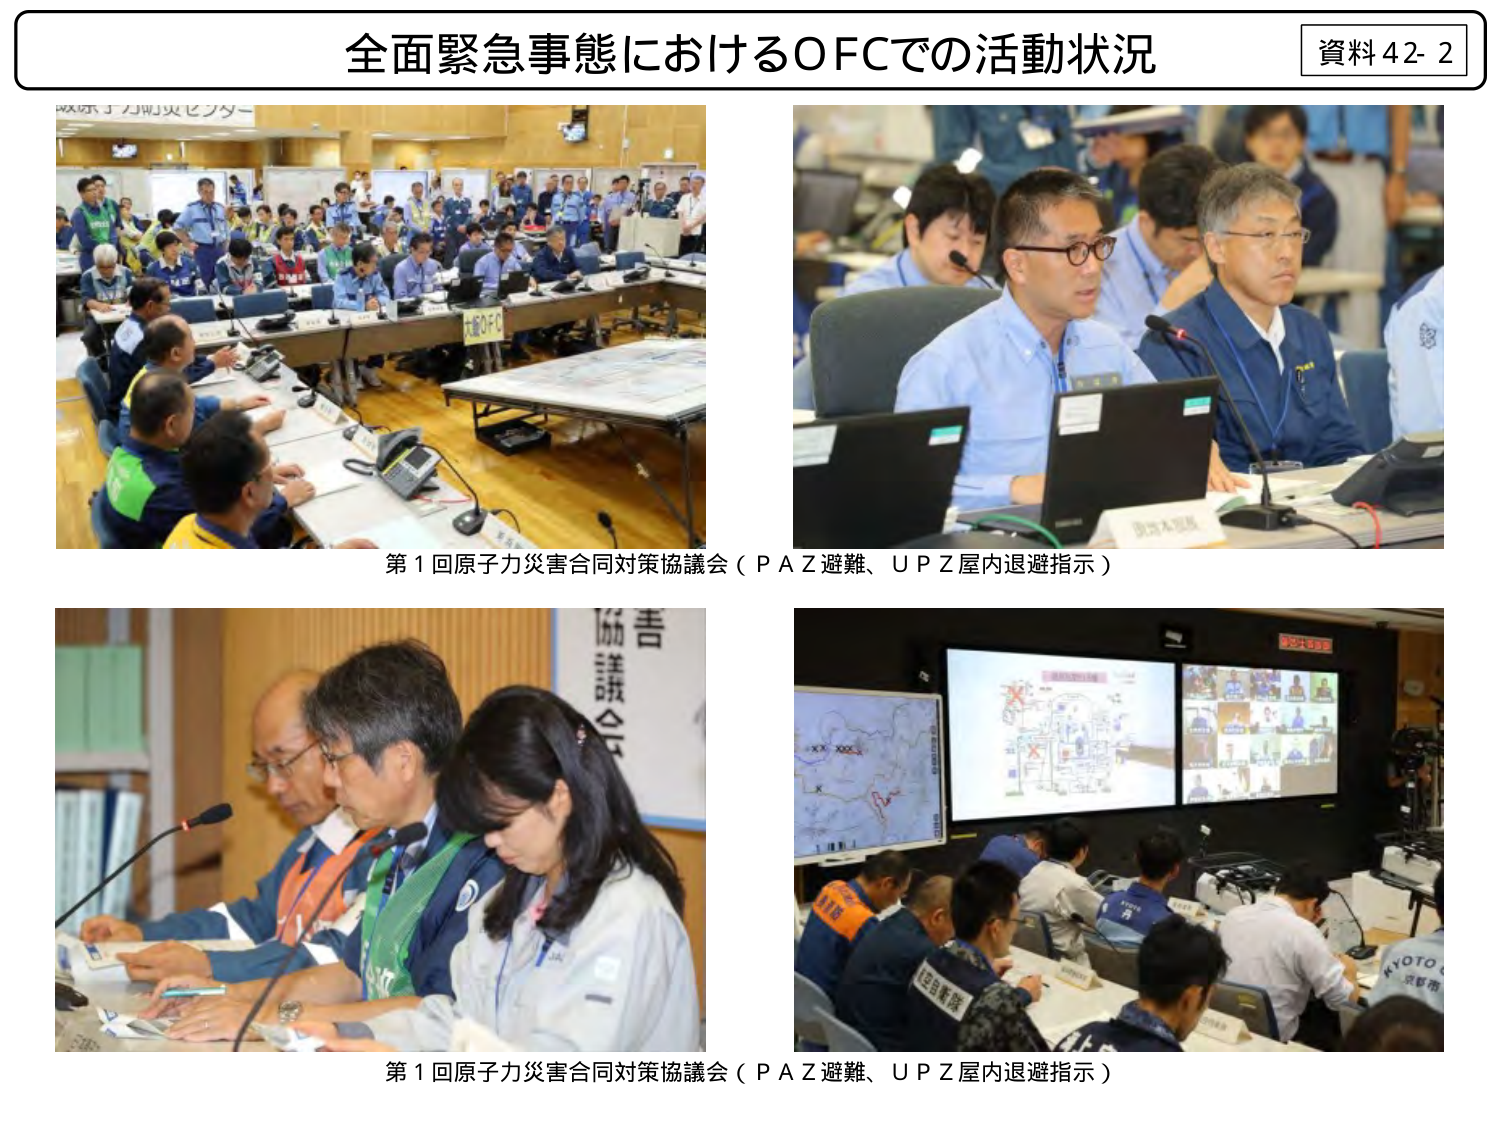
全面緊急事態におけるOFCでの活動状況
資料42-2

第1回原子力災害合同対策協議会（PAZ避難、UPZ屋内退避指示）
第1回原子力災害合同対策協議会（PAZ避難、UPZ屋内退避指示）

協議会
大宮OFC
東京大区
KYOTO
京都市
日目警隊